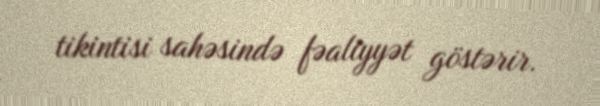
tikintisi sahəsində fəaliyyət göstərir.